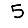
Digit: 5